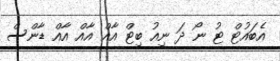
އެބައުޓް ޓު ނޯ ދަ ނިއު ބިޓް އާއް އާއް އާއް ޑާންސް